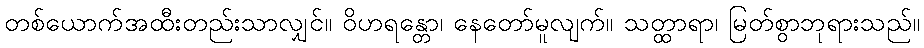
တစ်ယောက်အထီးတည်းသာလျှင်။ ဝိဟရန္တော၊ နေတော်မူလျက်။ သတ္ထာရာ၊ မြတ်စွာဘုရားသည်။